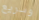
وسريع